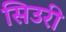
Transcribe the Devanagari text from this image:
सिउरी